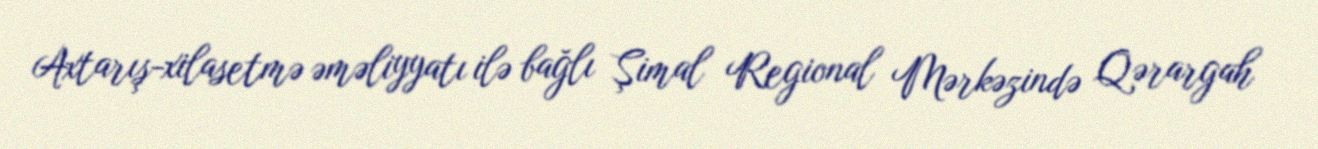
Axtarış-xilasetmə əməliyyatı ilə bağlı Şimal Regional Mərkəzində Qərargah